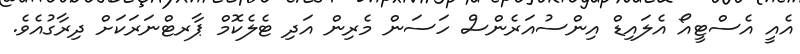
އެއީ އެސްޓީއޯ އެލައިޑް އިންސުއަރެންސް ހަސަން މެރިން އަދި ޓެލެކޮމް ޕާރޓްނަރަކަށް ދިރާގުއެވެ.